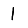
Digit: 1